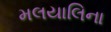
મલયાલિના